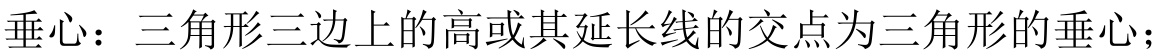
垂心：三角形三边上的高或其延长线的交点为三角形的垂心；